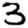
Digit: 3